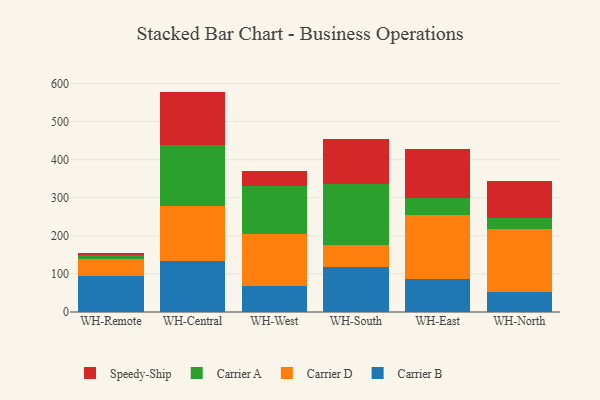
{"axis": {"x": "Warehouse", "y": "Satisfaction Score"}, "legend": ["Carrier A", "Carrier B", "Carrier D", "Speedy-Ship"], "data": [{"x": "WH-Remote", "y": 95.0, "type": "Carrier B"}, {"x": "WH-Remote", "y": 42.8, "type": "Carrier D"}, {"x": "WH-Remote", "y": 11.0, "type": "Carrier A"}, {"x": "WH-Remote", "y": 5.1, "type": "Speedy-Ship"}, {"x": "WH-Central", "y": 134.5, "type": "Carrier B"}, {"x": "WH-Central", "y": 144.2, "type": "Carrier D"}, {"x": "WH-Central", "y": 159.8, "type": "Carrier A"}, {"x": "WH-Central", "y": 139.9, "type": "Speedy-Ship"}, {"x": "WH-West", "y": 69.4, "type": "Carrier B"}, {"x": "WH-West", "y": 134.3, "type": "Carrier D"}, {"x": "WH-West", "y": 126.0, "type": "Carrier A"}, {"x": "WH-West", "y": 40.9, "type": "Speedy-Ship"}, {"x": "WH-South", "y": 117.4, "type": "Carrier B"}, {"x": "WH-South", "y": 58.1, "type": "Carrier D"}, {"x": "WH-South", "y": 161.2, "type": "Carrier A"}, {"x": "WH-South", "y": 118.2, "type": "Speedy-Ship"}, {"x": "WH-East", "y": 86.1, "type": "Carrier B"}, {"x": "WH-East", "y": 169.1, "type": "Carrier D"}, {"x": "WH-East", "y": 42.7, "type": "Carrier A"}, {"x": "WH-East", "y": 128.9, "type": "Speedy-Ship"}, {"x": "WH-North", "y": 51.4, "type": "Carrier B"}, {"x": "WH-North", "y": 167.0, "type": "Carrier D"}, {"x": "WH-North", "y": 27.3, "type": "Carrier A"}, {"x": "WH-North", "y": 98.8, "type": "Speedy-Ship"}]}